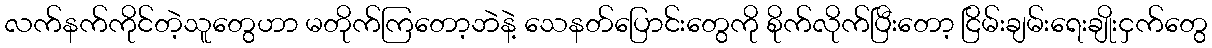
လက်နက်ကိုင်တဲ့သူတွေဟာ မတိုက်ကြတော့ဘဲနဲ့ သေနတ်ပြောင်းတွေကို စိုက်လိုက်ပြီးတော့ ငြိမ်းချမ်းရေးချိုးငှက်တွေ